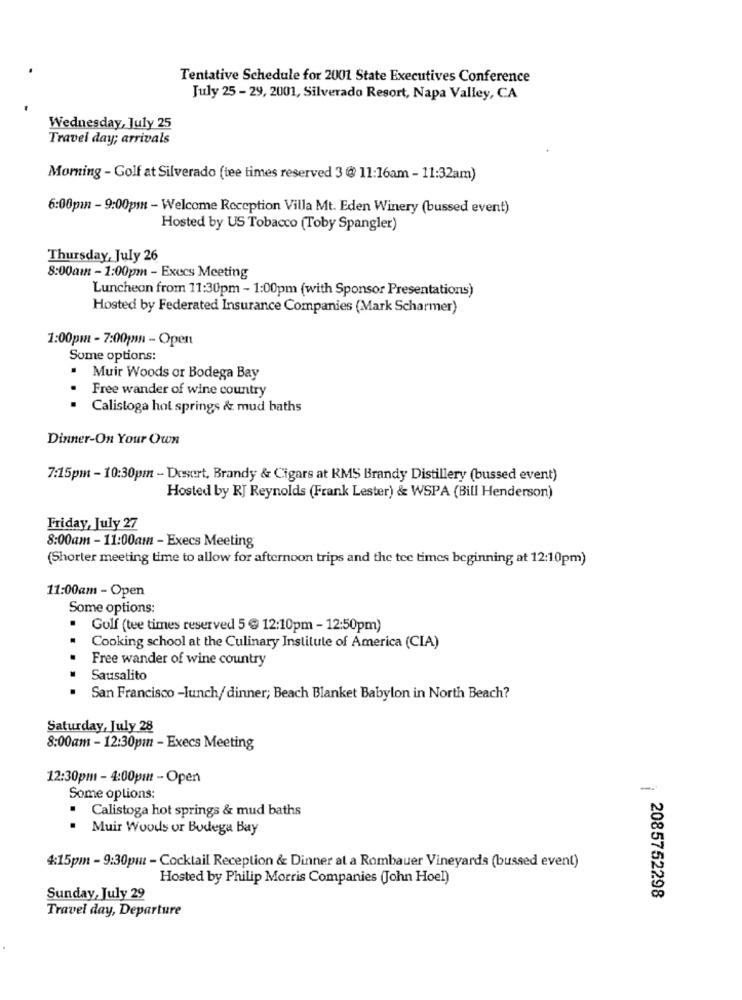
Tentative Schedule for 2001 State Executives Conference
July 25 - 29, 2001, Silverado Resort, Napa Valley, CA
Wednesday, July 25
Travel day; arrivals
Morning - Golf at Silverado (tee times reserved 3 @ 11:16am - 11:32am)
6:00pm - 9:00pm - Welcome Reception Villa Mt. Eden Winery (bussed event)
Hosted by US Tobacco (Toby Spangler)
Thursday, July 26
8:00am - 1:00pm - Execs Meeting
Luncheon from 11:30pm - 1:00pm (with Sponsor Presentations)
Hosted by Federated Insurance Companies (Mark Scharmer)
1:00pm - 7:00pm - Open
Some options:
.
Muir Woods or Bodega Bay
Free wander of wine country
Calistoga hot springs & mud baths
Dinner-On Your Own
7:15pm - 10:30pm - Dessert, Brandy & Cigars at KMS Brandy Distillery (bussed event)
Hosted by RJ Reynolds (Frank Lester) & WSPA (Bill Henderson)
Friday, July 27
8:00am - 11:00am - Execs Meeting
(Shorter meeting time to allow for afternoon trips and the tee times beginning at 12:10pm)
11:00am - Open
Some options:
. Golf (tee times reserved 5 @ 12:10pm - 12:50pm)
Cooking school at the Culinary Institute of America (CIA)
Free wander of wine country
Sausalito
San Francisco -lunch/ dinner; Beach Blanket Babylon in North Beach?
Saturday, July 28
8:00am - 12:30pm - Execs Meeting
12:30pm - 4:00pm - Open
-
Some options:
. Calistoga hot springs & mud baths
. Muir Woods or Bodega Bay
4:15pm - 9:30pm - Cocktail Reception & Dinner at a Rombauer Vineyards (bussed event)
Hosted by Philip Morris Companies (John Hoel)
Sunday, July 29
2085752298
Travel day, Departure